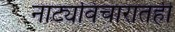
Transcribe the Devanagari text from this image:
नाट्यविचारातही